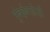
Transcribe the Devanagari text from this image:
मुंबईबाहेरही